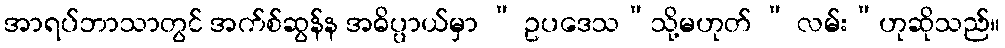
အာရပ်ဘာသာတွင် အက်စ်ဆွန်န အဓိပ္ပာယ်မှာ “ ဥပဒေသ”သို့မဟုတ် “ လမ်း”ဟုဆိုသည်။